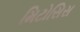
મિટોસિસ